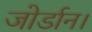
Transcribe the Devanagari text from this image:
जोर्डान।